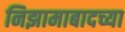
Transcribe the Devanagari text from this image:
निझामाबादच्या